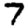
Digit: 7